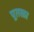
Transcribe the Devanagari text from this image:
पूतळा